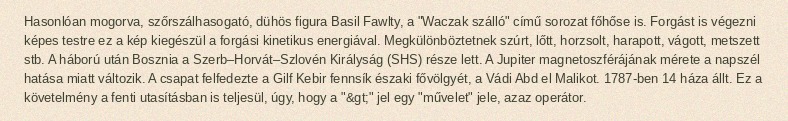
Hasonlóan mogorva, szőrszálhasogató, dühös figura Basil Fawlty, a "Waczak szálló" című sorozat főhőse is. Forgást is végezni képes testre ez a kép kiegészül a forgási kinetikus energiával. Megkülönböztetnek szúrt, lőtt, horzsolt, harapott, vágott, metszett stb. A háború után Bosznia a Szerb–Horvát–Szlovén Királyság (SHS) része lett. A Jupiter magnetoszférájának mérete a napszél hatása miatt változik. A csapat felfedezte a Gilf Kebir fennsík északi fővölgyét, a Vádi Abd el Malikot. 1787-ben 14 háza állt. Ez a követelmény a fenti utasításban is teljesül, úgy, hogy a "&gt;" jel egy "művelet" jele, azaz operátor.